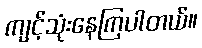
ကျင့်သုံးနေကြပါတယ်။